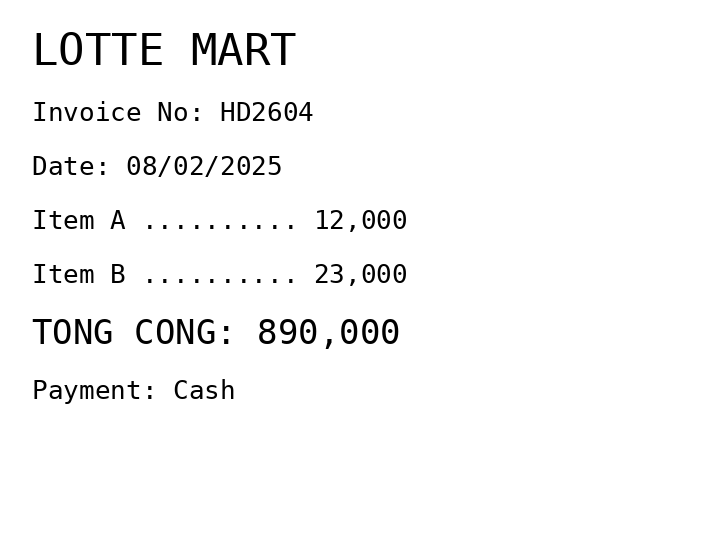
LOTTE MART
Invoice No: HD2604
Date: 08/02/2025
Item A .......... 12,000
Item B .......... 23,000
TONG CONG: 890,000
Payment: Cash
Merchant: lotte mart
Date: 2025-02-08
Total: 890000
Invoice No: HD2604
Payment method: CASH